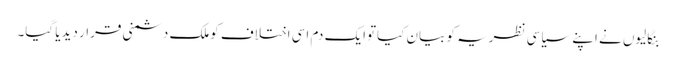
بنگالیوں نے اپنے سیاسی نظریہ کو بیان کیاتوایک دم اسی اختلاف کوملک دشمنی قرار دیدیا گیا۔